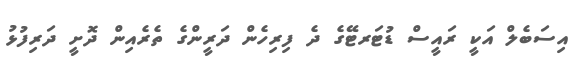
އިސަބެލް އަކީ ރައީސް ޑުޓަރޓޭގެ ދެ ފިރިހެން ދަރީންގެ ތެރެއިން ދޮށީ ދަރިފުޅު